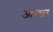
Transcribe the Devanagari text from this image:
आग्वार